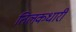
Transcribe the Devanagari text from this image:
तिलकधारी